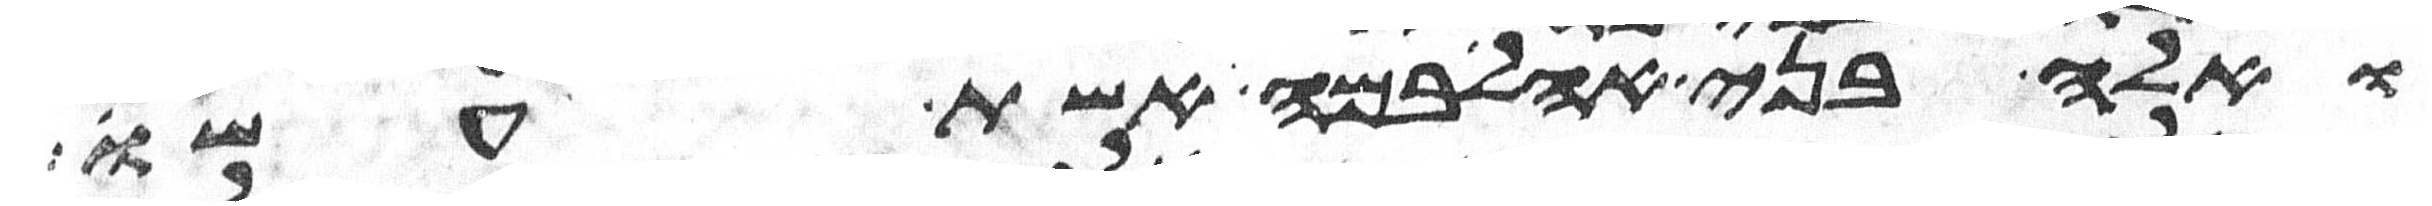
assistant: ואלה בני אהליבמה אשת עשו